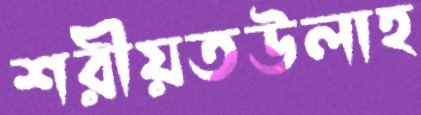
শরীয়তউলাহ